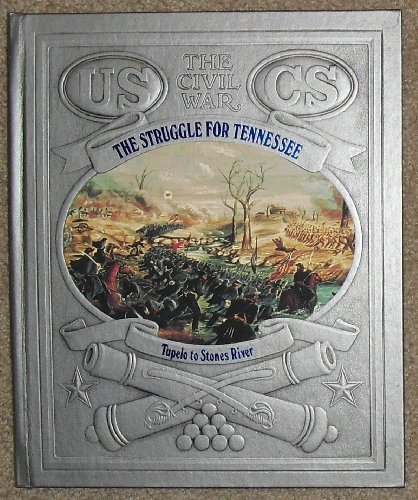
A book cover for The Struggle for Tennessee: Tupelo to Stones River (Civil War (Time-Life Books)); James Street; Children's Books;